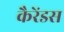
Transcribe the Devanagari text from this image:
कैरेंडस